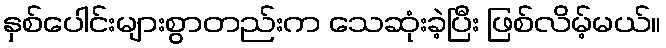
နှစ်ပေါင်းများစွာတည်းက သေဆုံးခဲ့ပြီး ဖြစ်လိမ့်မယ်။